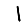
Digit: 1